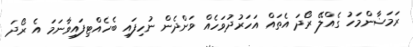
ރަމަޟާންމަހު ގެއްލޭ ރޯދަ އެތައް އަހަރުދުވަހެއް ވަންދެން ނުހިފައި ބެހެއްޓިފައިވާނަމަ އެ ރޯދަ